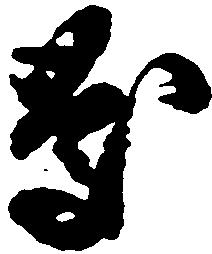
慶